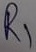
Text: R1